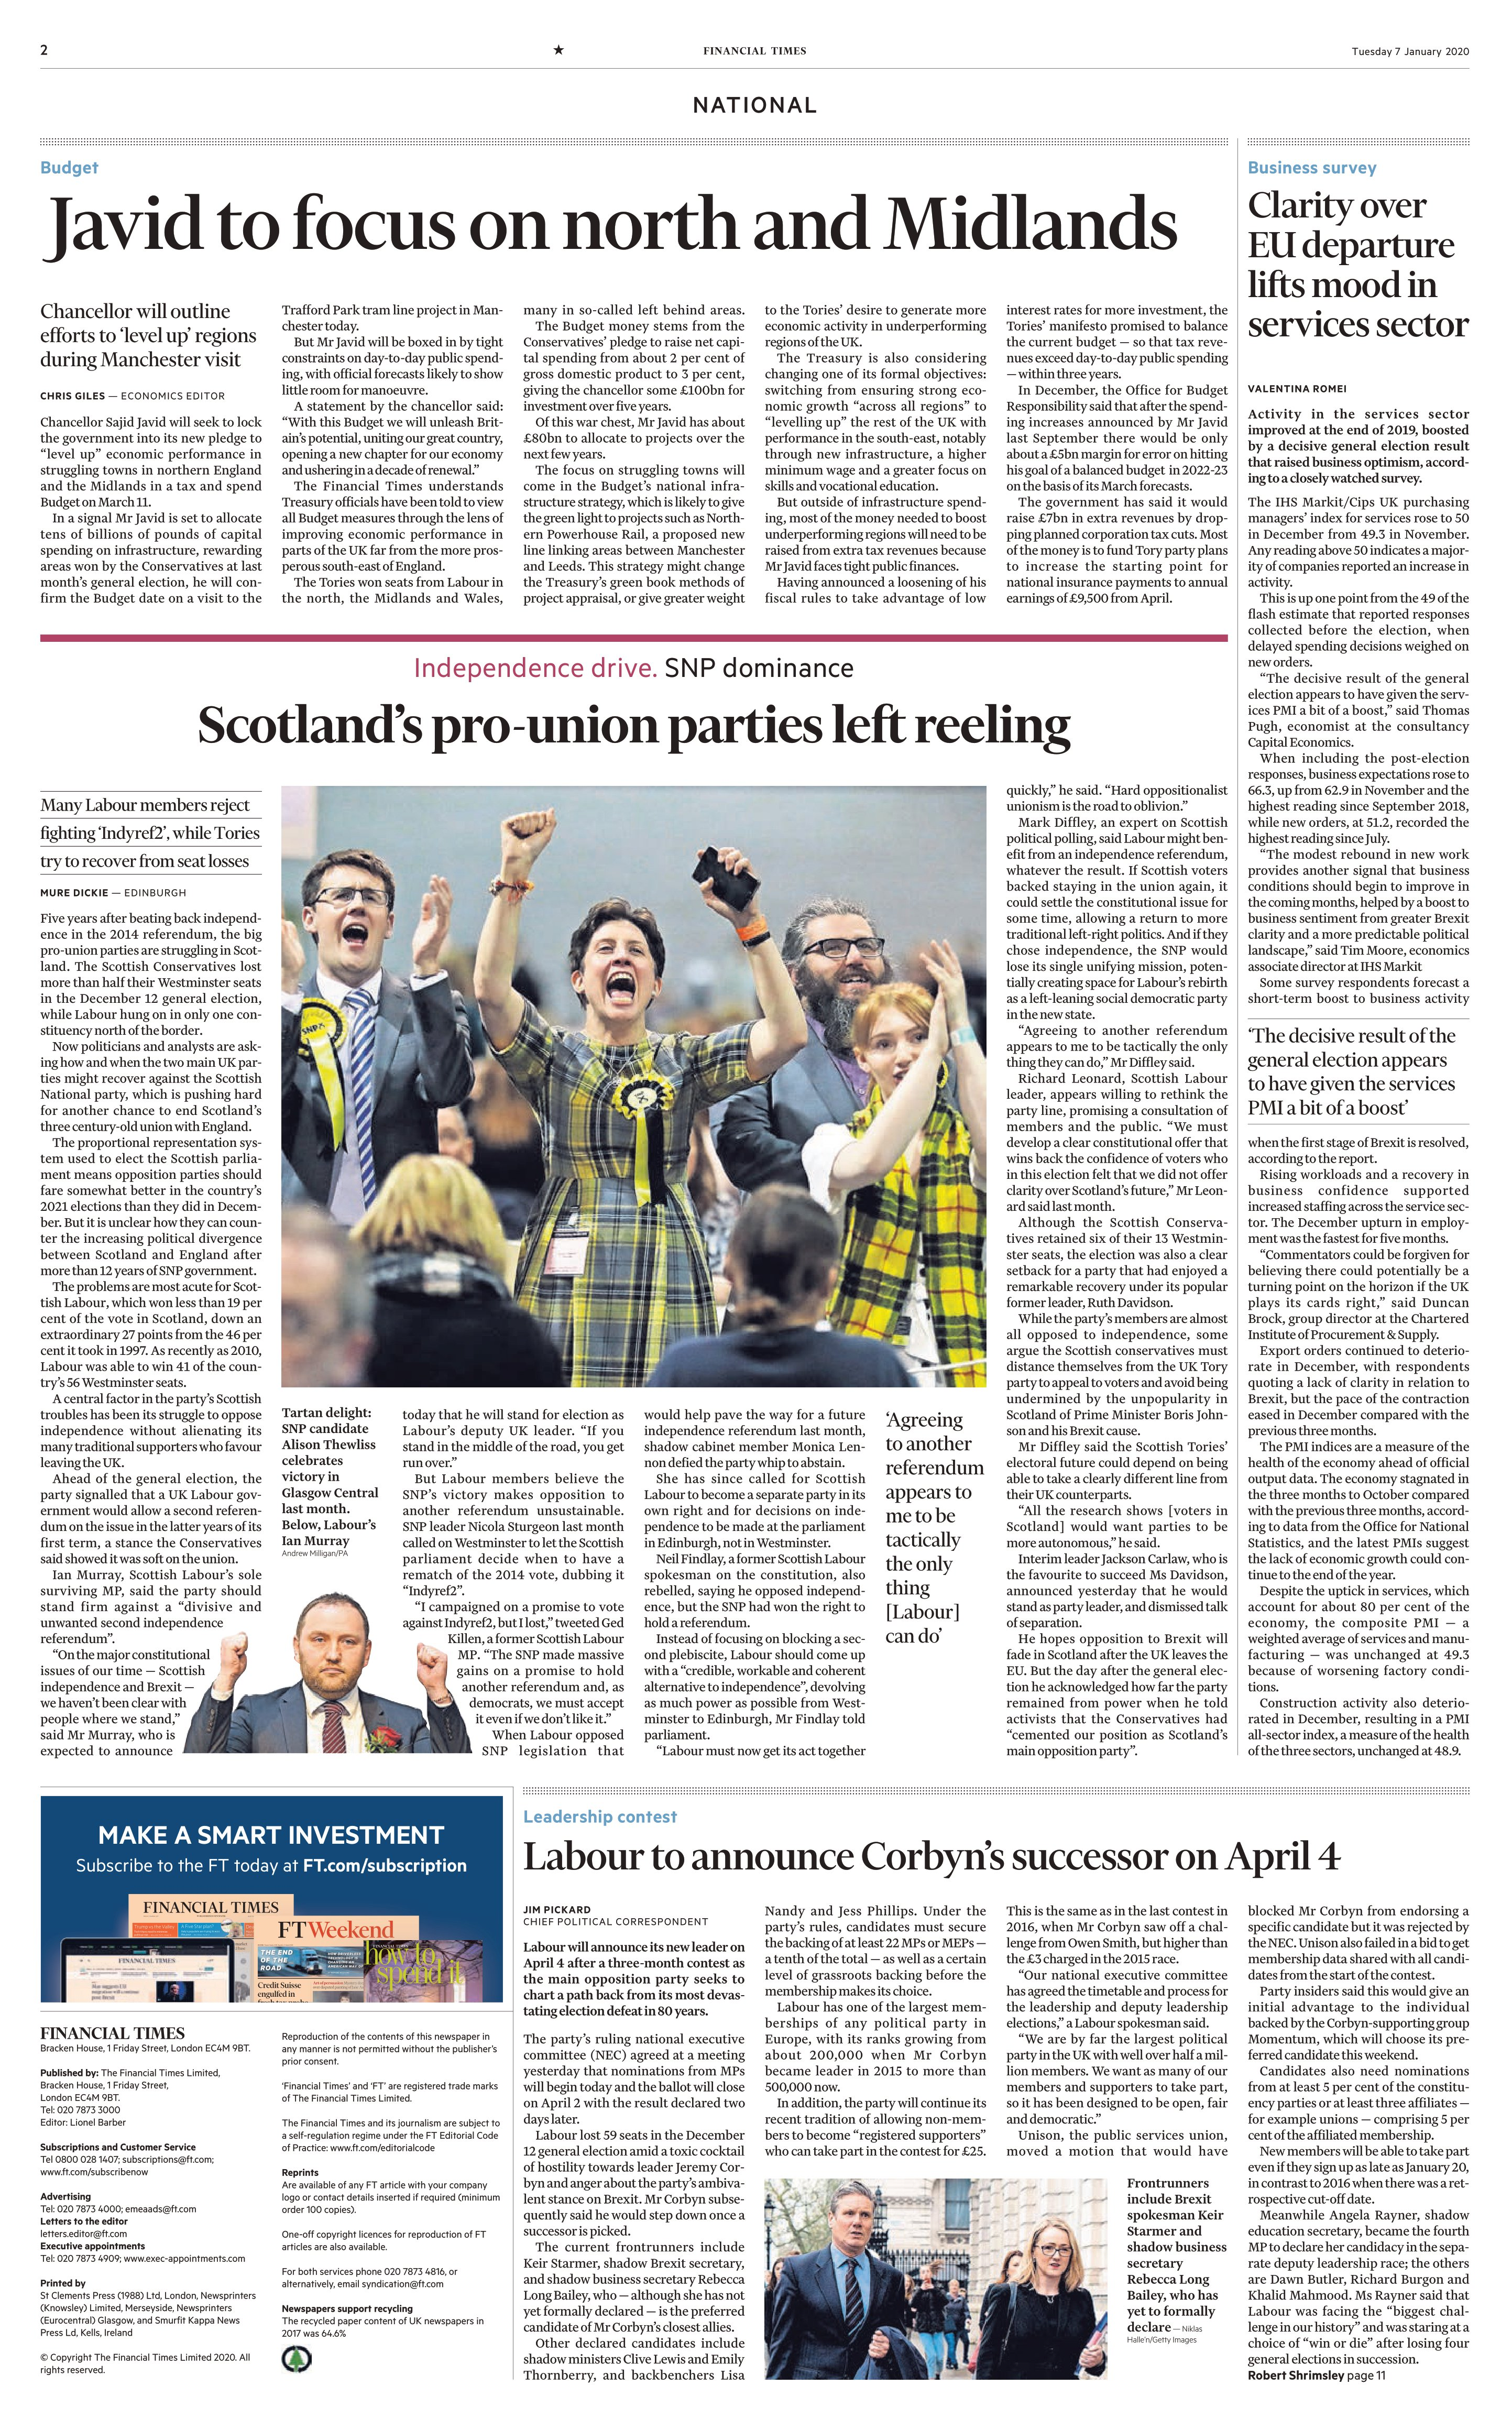
Language: en